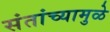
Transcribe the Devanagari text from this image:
संतांच्यामुळे